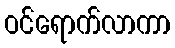
ဝင်ရောက်လာကာ